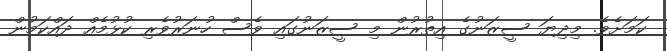
ކަމަށެވެ. މިދިޔަ ސީޒަނުގެ އިތުރުން މި ސީޒަނުގައި ވެސް ހުނަރުވެރި ކުޅުމެއް ދައްކަމުން